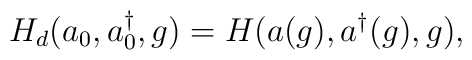
H_{d}(a_0,a^{\dag }_0,g)=H(a(g),a^{\dag }(g),g),